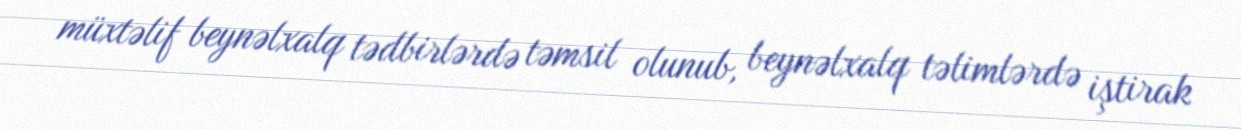
müxtəlif beynəlxalq tədbirlərdə təmsil olunub, beynəlxalq təlimlərdə iştirak